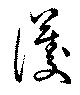
護